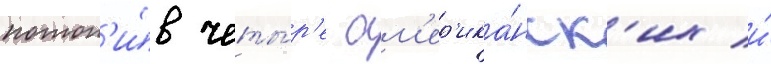
потоп'и́в четы́р'е ам'ер'ика́нск'их и́